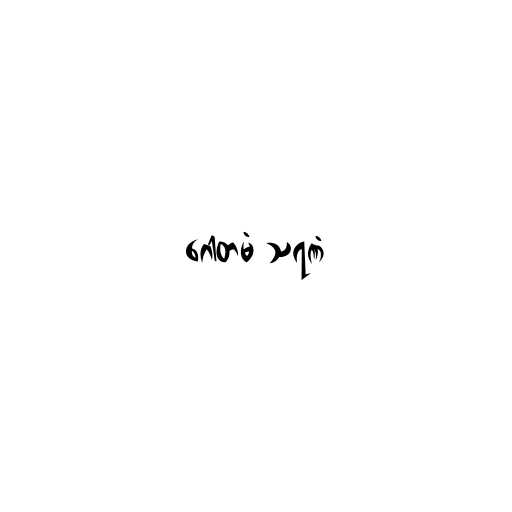
ဂေါတမံ သရဏံ